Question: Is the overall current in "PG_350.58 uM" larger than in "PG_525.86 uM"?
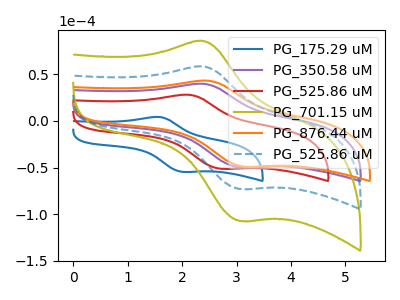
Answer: <think>The blue curve "PG_175.29 uM" has an anodic peak at (1.55V, 4.10uA) and a cathodic peak at (2.05V, -54.70uA). The purple curve "PG_350.58 uM" has an anodic peak at (2.40V, 39.55uA) and a cathodic peak at (3.05V, -49.65uA). The red curve "PG_525.86 uM" has an anodic peak at (2.10V, 27.85uA) and a cathodic peak at (2.75V, -51.35uA). The olive curve "PG_701.15 uM" has an anodic peak at (2.40V, 116.25uA) and a cathodic peak at (3.05V, -145.95uA). The orange curve "PG_876.44 uM" has an anodic peak at (2.45V, 42.95uA) and a cathodic peak at (3.15V, -49.20uA). The blue dashed curve "PG_525.86 uM" has an anodic peak at (2.40V, 58.15uA) and a cathodic peak at (3.05V, -72.95uA).
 All the peaks in "PG_350.58 uM" have a peak in "PG_525.86 uM" at the same potential. Every peak in "PG_350.58 uM" is lower than every peak in "PG_525.86 uM".</think>
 <answer>"PG_350.58 uM" has less signal than "PG_525.86 uM".</answer>
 <eval>less_signal</eval>